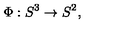
\Phi : S ^ { 3 } \rightarrow S ^ { 2 } ,